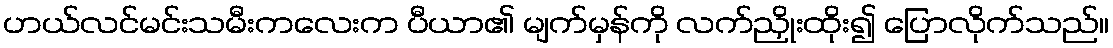
ဟယ်လင်မင်းသမီးကလေးက ပီယာ၏ မျက်မှန်ကို လက်ညှိုးထိုး၍ ပြောလိုက်သည်။